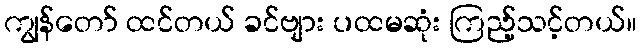
ကျွန်တော် ထင်တယ် ခင်ဗျား ပထမဆုံး ကြည့်သင့်တယ်။